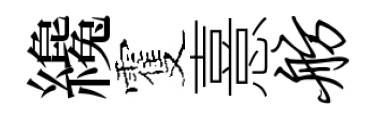
纔䨥憙舫